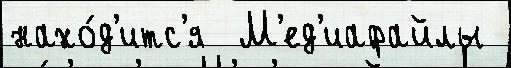
нахо́д'итс'я  М'ед'иафайлы